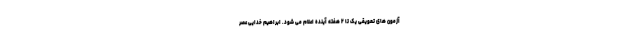
آزمون های تعویقی یک تا ۲ هفته آینده اعلام می شود. ابراهیم خدایی عصر